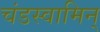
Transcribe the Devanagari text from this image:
चंडस्वामिन्